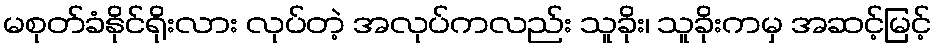
မစုတ်ခံနိုင်ရိုးလား လုပ်တဲ့ အလုပ်ကလည်း သူခိုး၊ သူခိုးကမှ အဆင့်မြင့်